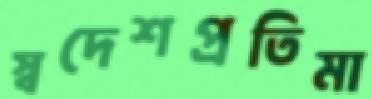
স্বদেশপ্রতিমা